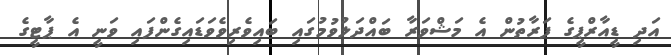
އަދި ޑީއާރްޕީގެ ފަރާތުން އެ މަޝްވަރާ ބައްދަލުވުމުގައި ބައިވެރިވެވަޑައިގެންފައި ވަނީ އެ ޕާޓީގެ